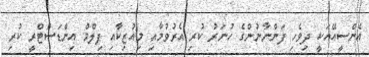
އެންސީއޭއަކީ ދިވެހި ފަންނާނުންގެ ހުނަރު ކުރި އެރުވުމާއި މިއުޒިކާއި ފިލްމް އިންޑަސްޓްރީ ކުރި